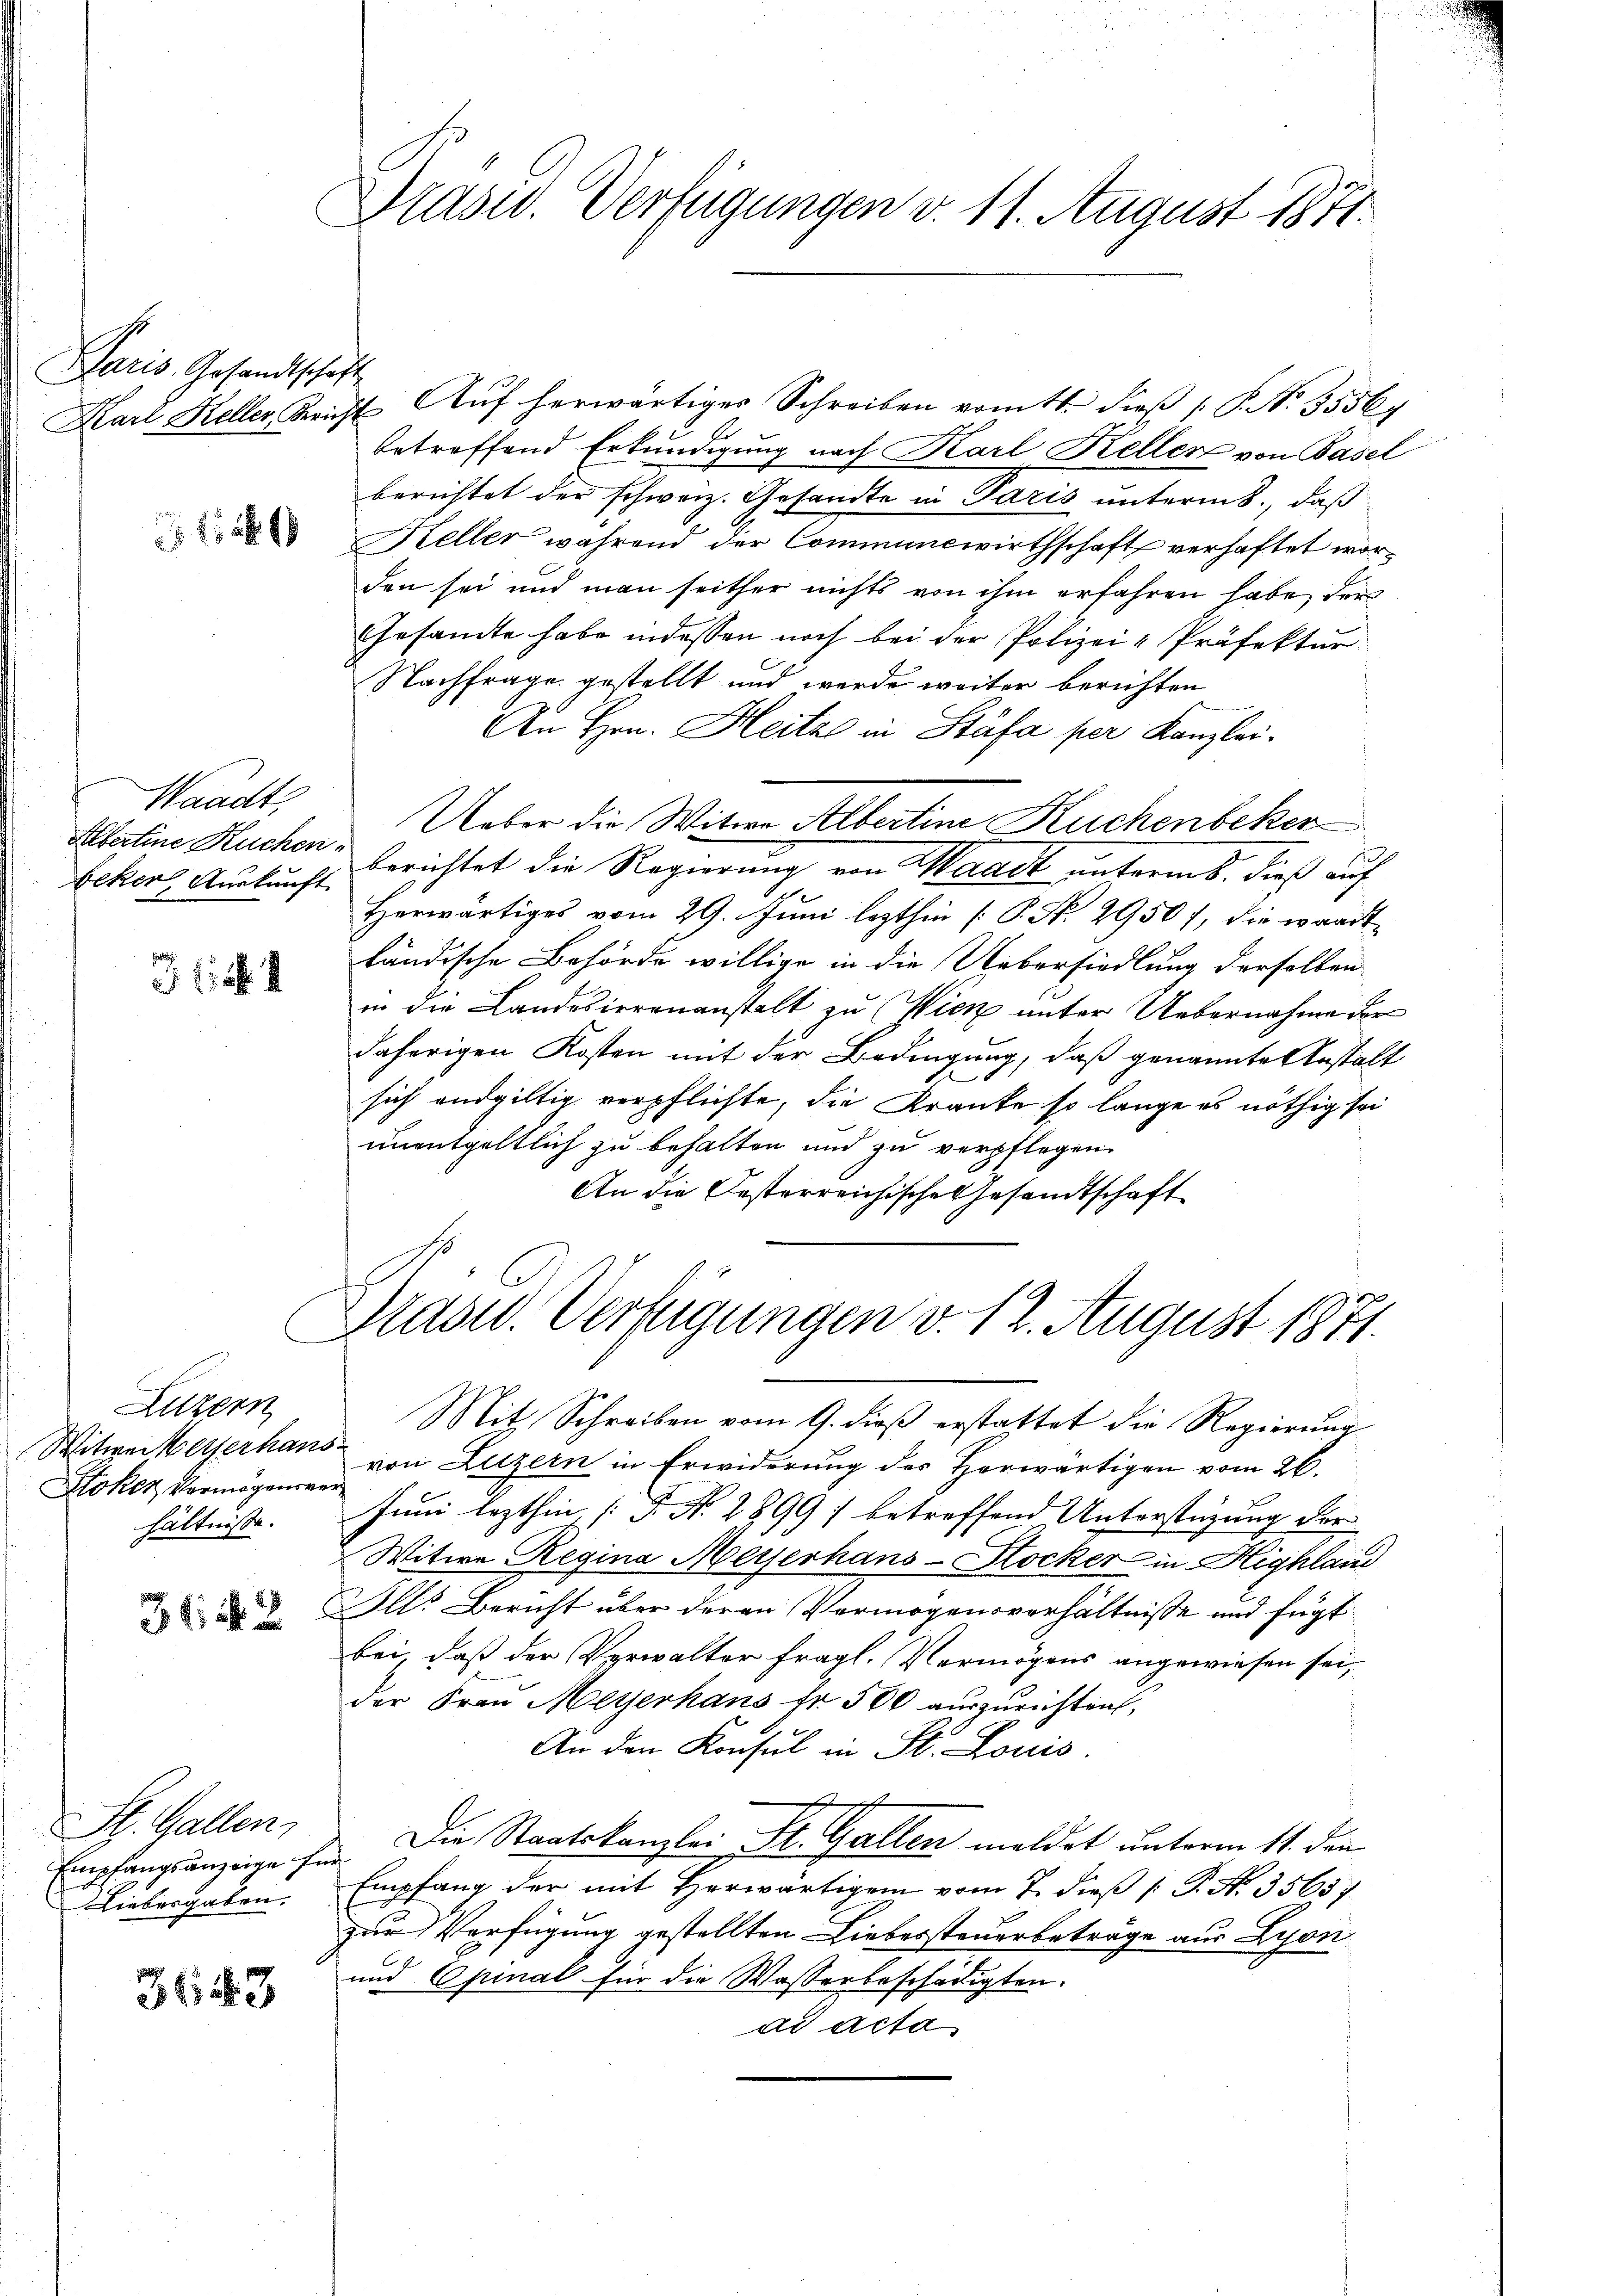
Paris Arsandtschäft

Waadt,
Alfertine Kuchen
Beker, Auskunft

361. 4

Luzern
Stoker, Vermögensver
hältnisse.

1: 2

St. Gallen,
Empfangsanzeige für
Liebergaben.

3643

Präsid. Verfügungen v. 11. August 1871.

Karl Keller Gericht Auf herwärtiges Schreiben vom 11. dieβ (: P. N. 35564
betreffend Erkundigung nach Karl Kellen von Basel
berichtet der schweiz. Gesandte in Paris unterm 8., daß
Keller während der Communcwirthschaft verhaftet worden sei und man seither nichts von ihm erfahren habe, der
Gesandte habe indessen noch bei der Polizei- Präfektur
Nachfrage gestellt und werde weiter berichten
An Hrn. Heitze in Stäfa per Kanzlei.
Ueber die Witwe Albertine Kuchenbeken
berichtet die Regierung von Waadt unterm 8. dieß auf
Herwärtiges vom 29. Juni lezthin [P. Nr. 29507, die wandtländische Behörde willige in die Uebersiedlung derselben
in die Landesirrenanstalt zu Wien unter Uebernahme der
daherigen Kosten mit der Bedingung, daß genannte Anstalt
.
sich endgültig verpflichte, die Kranke so lange es nöthig sei
unentgeltlich zu behalten und zu verpflegen
An die Oesterreichische Gesandtschaft
Präsid. Verfügungen v. 12. August 1871.

Mit Schreiben vom 9. dieß erstattet die Regierung
Witwe Weiserhaus von Luzern in Erwiderung des Herwärtigen vom 26.
Juni lezthin [S. N. 2899) betreffend Unterstüzung der
Witwe Regina Meyerhaus-Stocker in Highlain
Ill. Bericht über deren Vermögensverhältnisse und fügt
bei, daß der Verwalter fragl. Vermögens angewiesen sei,
der Frau Meyerhaus fr. 500 auszurichten,
An den Konsul in St. Louis
sechst
Die Staatskanzlei St. Gallen meldet unterm 11. den
Empfang der mit Horwärtigem vom 7. dieß [P. N. 35637.
zur Verfügung gestellten Liebessteuerbeträge aus Lyon
und Opinal für die Wasserbeschädigten.
ad acta